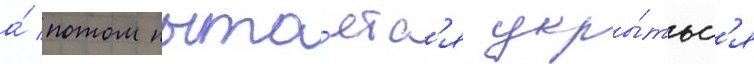
а́ потом пыта́етс'я укры́тьс'я